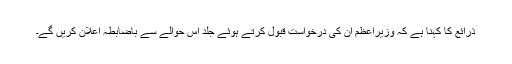
ذرائع کا کہنا ہے کہ وزیراعظم ان کی درخواست قبول کرتے ہوئے جلد اس حوالے سے باضابطہ اعلان کریں گے۔